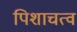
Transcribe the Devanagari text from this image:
पिशाचत्व